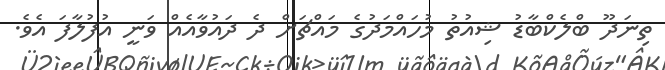
ތިނަދޫ ބްލެކްބާޑު ޝިއުތު މުހައްމަދުގެ މައްޗަށް ދެ ދައުވާއެއް ވަނީ އުފުލާފަ އެވެ.